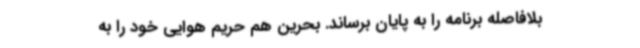
بلافاصله برنامه را به پایان برساند. بحرین هم حریم هوایی خود را به